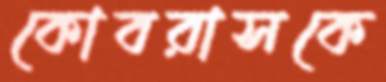
কোবরাসকে